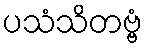
ပသံသိတဗ္ဗံ